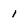
Character: 1